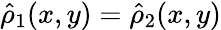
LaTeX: \hat{\rho}_{1}(x,y)=\hat{\rho}_{2}(x,y)